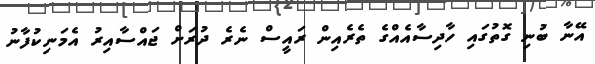
އޭނާ ބުނި ގޮތުގައި ހާދިސާއެއްގެ ތެރެއިން ރައީސް ނެރެ ދުރަށް ޖައްސާއިރު އެމަނިކުފާނު